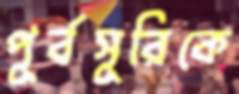
পূর্বসূরিকে